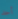
أحد